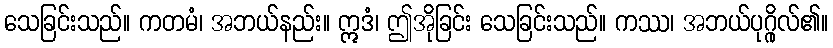
သေခြင်းသည်။ ကတမံ၊ အဘယ်နည်း။ ဣဒံ၊ ဤအိုခြင်း သေခြင်းသည်။ ကဿ၊ အဘယ်ပုဂ္ဂိုလ်၏။